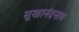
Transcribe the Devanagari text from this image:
सुखानंदनाथ